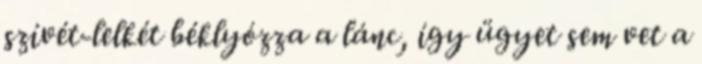
szívét-lelkét béklyózza a lánc, így ügyet sem vet a